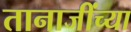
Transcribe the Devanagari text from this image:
तानाजींच्या